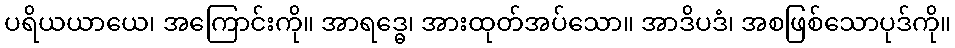
ပရိယယာယေ၊ အကြောင်းကို။ အာရဒ္ဓေ၊ အားထုတ်အပ်သော။ အာဒိပဒံ၊ အစဖြစ်သောပုဒ်ကို။